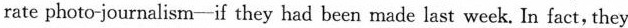
rate photo-journalism-if they had been made last week. In fact, they